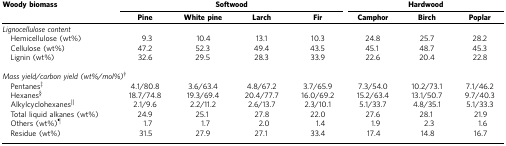
| Woody biomass | <COLSPAN=4> Softwood | <COLSPAN=3> Hardwood |
 |  | Pine | White pine | Larch | Fir | Camphor | Birch | Poplar |
 | --- | --- | --- | --- | --- | --- | --- | --- |
 | <COLSPAN=8> Lignocellulose content |
 | Hemicellulose (wt%) | 9.3 | 10.4 | 13.1 | 10.3 | 24.8 | 25.7 | 28.2 |
 | Cellulose (wt%) | 47.2 | 52.3 | 49.4 | 43.5 | 45.1 | 48.7 | 45.3 |
 | Lignin (wt%) | 32.6 | 29.5 | 28.3 | 33.9 | 22.6 | 20.4 | 22.8 |
 | <COLSPAN=8>  |
 | <COLSPAN=8> Mass yield/carbon yield (wt%/mol%)† |
 | Pentanes‡ | 4.1/80.8 | 3.6/63.4 | 4.8/67.2 | 3.7/65.9 | 7.3/54.0 | 10.2/73.1 | 7.1/46.2 |
 | Hexanes§ | 18.7/74.8 | 19.3/69.4 | 20.4/77.7 | 16.0/69.2 | 15.2/63.4 | 13.1/50.7 | 9.7/40.3 |
 | Alkylcyclohexanes|| | 2.1/9.6 | 2.2/11.2 | 2.6/13.7 | 2.3/10.1 | 5.1/33.7 | 4.8/35.1 | 5.1/33.3 |
 | Total liquid alkanes (wt%) | 24.9 | 25.1 | 27.8 | 22.0 | 27.6 | 28.1 | 21.9 |
 | Others (wt%)¶ | 1.7 | 1.7 | 2.0 | 1.4 | 1.9 | 2.3 | 1.6 |
 | Residue (wt%) | 31.5 | 27.9 | 27.1 | 33.4 | 17.4 | 14.8 | 16.7 |